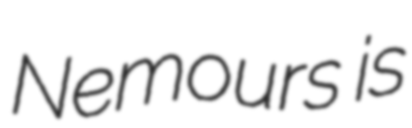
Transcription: Nemours is